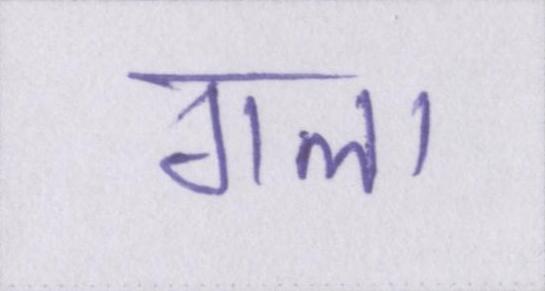
गला